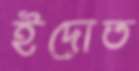
ইদোত